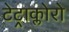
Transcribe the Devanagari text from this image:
टेट्राक्लोरो